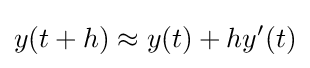
y(t+h)\approx y(t)+hy'(t)